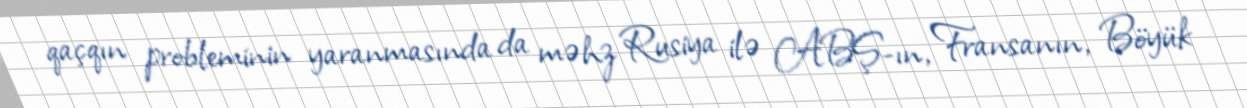
qaçqın probleminin yaranmasında da məhz Rusiya ilə ABŞ-ın, Fransanın, Böyük